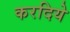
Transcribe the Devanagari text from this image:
करदिये